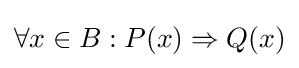
\forall x\in B:P(x)\Rightarrow Q(x)